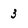
Character: 3